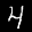
Label: 4